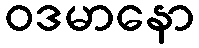
ဝဒမာနော